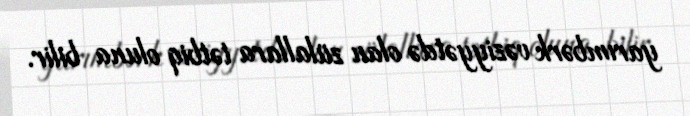
yarımbərk vəziyyətdə olan zülallara tətbiq oluna bilir.